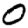
Digit: 0